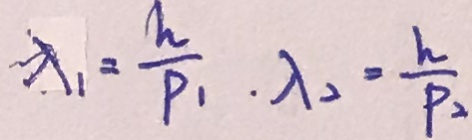
\lambda _ { 1 } = \frac { h } { P _ { 1 } } . \lambda _ { 2 } = \frac { h } { P _ { 2 } }